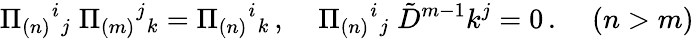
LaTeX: \Pi_{(n)}{}^{i}{}_{j}\; \Pi_{(m)}{}^{j}{}_{k}=\Pi_{(n)}{}^{i}{}_{k}\, ,\; \; \; \; \Pi_{(n)}{}^{i}{}_{j}\; \tilde{D}^{m-1}k^{j}=0\, .\; \; \; \; (n>m)